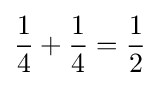
{\frac {1}{4}}+{\frac {1}{4}}={\frac {1}{2}}